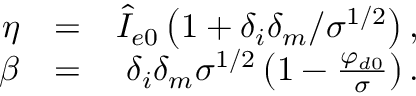
\begin{array} { r l r } { { \normalcolor \eta } } & { { \normalcolor = } } & { { \normalcolor \hat { I } _ { e 0 } \left( 1 + \delta _ { i } \delta _ { m } / \sigma ^ { 1 / 2 } \right) , } } \\ { { \normalcolor \beta } } & { { \normalcolor = } } & { { \normalcolor \delta _ { i } \delta _ { m } \sigma ^ { 1 / 2 } \left( 1 - \frac { \varphi _ { d 0 } } { \sigma } \right) . } } \end{array}